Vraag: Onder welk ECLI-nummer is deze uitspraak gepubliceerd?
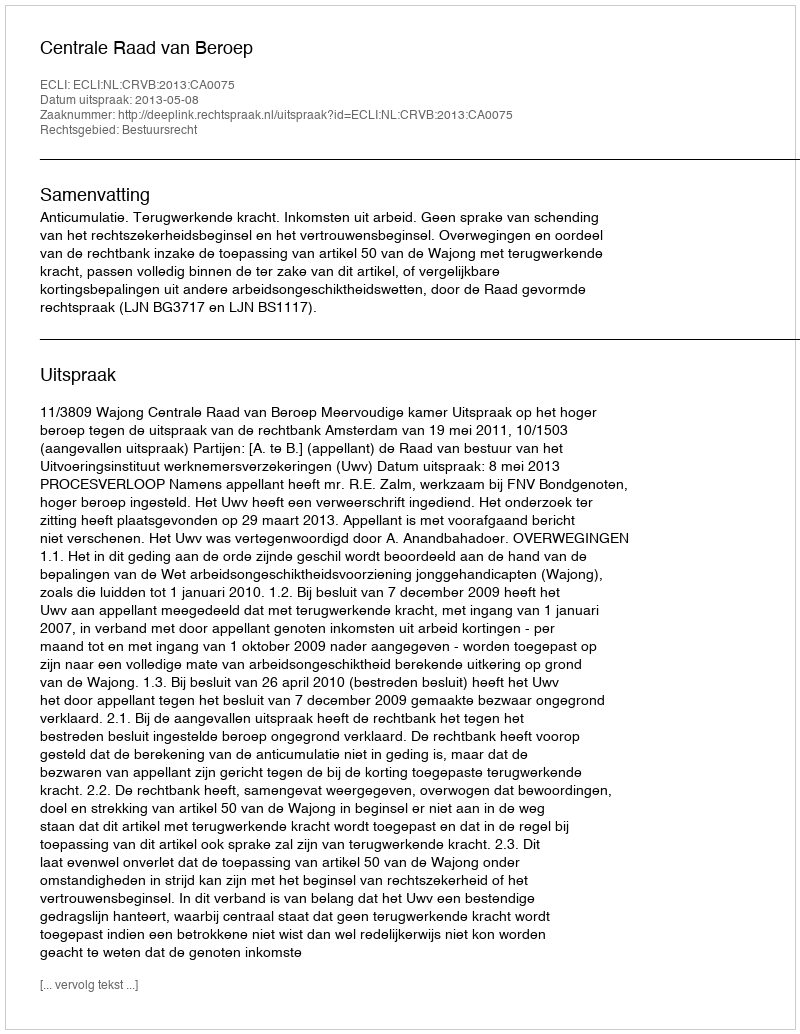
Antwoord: ECLI:NL:CRVB:2013:CA0075